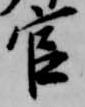
官